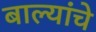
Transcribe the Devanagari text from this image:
बाल्यांचे